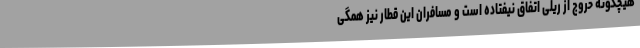
هیچگونه خروج از ریلی اتفاق نیفتاده است و مسافران این قطار نیز همگی